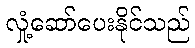
လှုံ့ဆော်ပေးနိုင်သည်